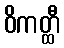
ဝိကတ္ထီ